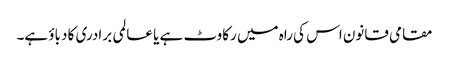
مقامی قانون اس کی راہ میں رکاوٹ ہے یا عالمی برادری کا دباؤ ہے۔